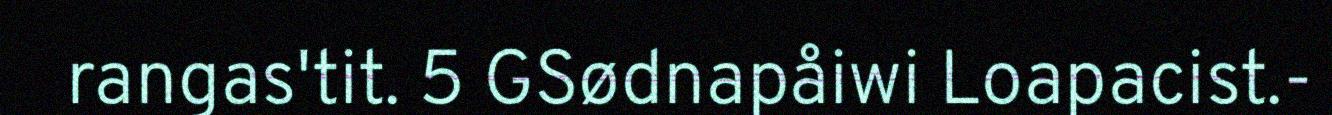
rangas'tit. 5 GSødnapåiwi Loapacist.-